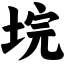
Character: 垸